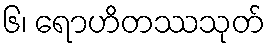
၆၊ ရောဟိတဿသုတ်